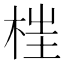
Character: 𣒈